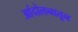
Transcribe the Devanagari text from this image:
आंदोलनातून